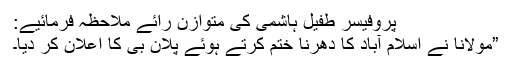
پروفیسر طفیل ہاشمی کی متوازن رائے ملاحظہ فرمائیے:
”مولانا نے اسلام آباد کا دھرنا ختم کرتے ہوئے پلان بی کا اعلان کر دیا۔